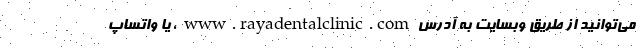
می‌توانید از طریق وبسایت به آدرس www.rayadentalclinic.com ، یا واتساپ